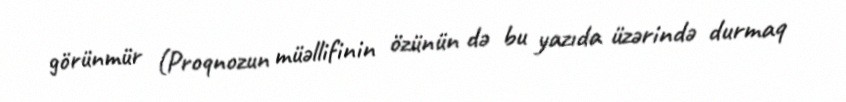
görünmür (Proqnozun müəllifinin özünün də bu yazıda üzərində durmaq